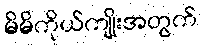
မိမိကိုယ်ကျိုးအတွက်